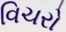
વિચરો